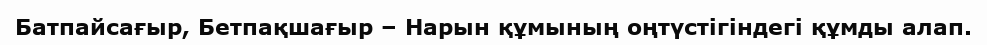
Батпайсағыр, Бетпақшағыр – Нарын құмының оңтүстігіндегі құмды алап.